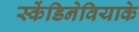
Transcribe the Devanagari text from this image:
स्केंडिनेवियाके